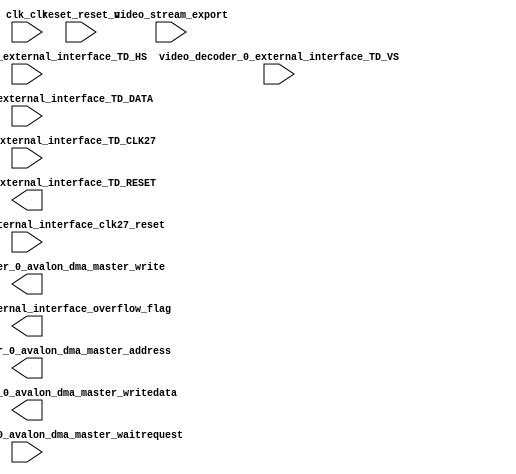

module nios_system (
	clk_clk,
	reset_reset_n,
	video_decoder_0_external_interface_TD_CLK27,
	video_decoder_0_external_interface_TD_DATA,
	video_decoder_0_external_interface_TD_HS,
	video_decoder_0_external_interface_TD_VS,
	video_decoder_0_external_interface_clk27_reset,
	video_decoder_0_external_interface_TD_RESET,
	video_decoder_0_external_interface_overflow_flag,
	video_stream_export,
	video_dma_controller_0_avalon_dma_master_address,
	video_dma_controller_0_avalon_dma_master_waitrequest,
	video_dma_controller_0_avalon_dma_master_write,
	video_dma_controller_0_avalon_dma_master_writedata);	

	input		clk_clk;
	input		reset_reset_n;
	input		video_decoder_0_external_interface_TD_CLK27;
	input	[7:0]	video_decoder_0_external_interface_TD_DATA;
	input		video_decoder_0_external_interface_TD_HS;
	input		video_decoder_0_external_interface_TD_VS;
	input		video_decoder_0_external_interface_clk27_reset;
	output		video_decoder_0_external_interface_TD_RESET;
	output		video_decoder_0_external_interface_overflow_flag;
	input		video_stream_export;
	output	[31:0]	video_dma_controller_0_avalon_dma_master_address;
	input		video_dma_controller_0_avalon_dma_master_waitrequest;
	output		video_dma_controller_0_avalon_dma_master_write;
	output	[31:0]	video_dma_controller_0_avalon_dma_master_writedata;
endmodule